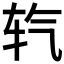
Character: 𮷘